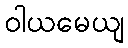
ဝါယမေယျ